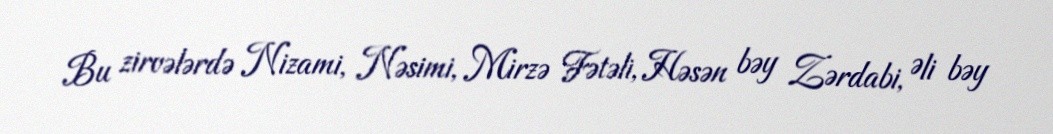
Bu zirvələrdə Nizami, Nəsimi, Mirzə Fətəli, Həsən bəy Zərdabi, Əli bəy